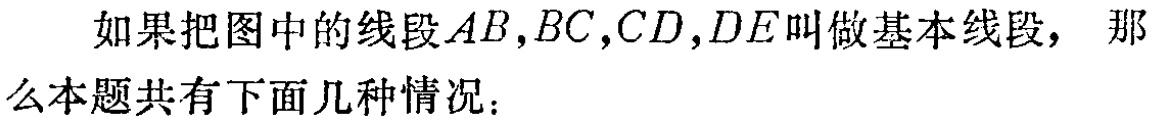
如果把图中的线段\(AB,BC,CD,DE\)叫做基本线段， 那么本题共有下面几种情况：